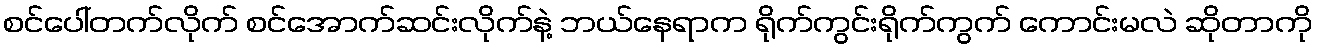
စင်ပေါ်တက်လိုက် စင်အောက်ဆင်းလိုက်နဲ့ ဘယ်နေရာက ရိုက်ကွင်းရိုက်ကွက် ကောင်းမလဲ ဆိုတာကို